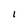
Character: I